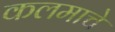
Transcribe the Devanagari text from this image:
कलमाचे